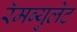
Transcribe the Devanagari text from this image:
रॅमब्युलेट